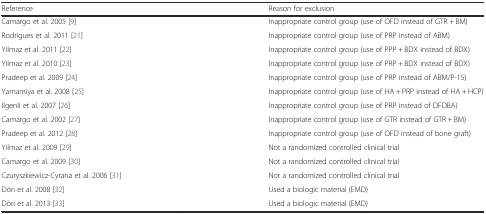
| Reference | Reason for exclusion |
 | --- | --- |
 | Camargo et al. 2005 [9] | Inappropriate control group (use of OFD instead of GTR + BM) |
 | Rodrigues et al. 2011 [21] | Inappropriate control group (use of PRP instead of ABM) |
 | Yilmaz et al. 2011 [22] | Inappropriate control group (use of PPP + BDX instead of BDX) |
 | Yilmaz et al. 2010 [23] | Inappropriate control group (use of PRP + BDX instead of BDX) |
 | Pradeep et al. 2009 [24] | Inappropriate control group (use of PRP instead of ABM/P-15) |
 | Yamamiya et al. 2008 [25] | Inappropriate control group (use of HA + PRP instead of HA + HCP) |
 | Ilgenli et al. 2007 [26] | Inappropriate control group (use of PRP instead of DFDBA) |
 | Camargo et al. 2002 [27] | Inappropriate control group (use of GTR instead of GTR + BM) |
 | Pradeep et al. 2012 [28] | Inappropriate control group (use of OFD instead of bone graft) |
 | Yilmaz et al. 2009 [29] | Not a randomized controlled clinical trial |
 | Camargo et al. 2009 [30] | Not a randomized controlled clinical trial |
 | Czuryszkiewicz-Cyrana et al. 2006 [31] | Not a randomized controlled clinical trial |
 | Döri et al. 2008 [32] | Used a biologic material (EMD) |
 | Döri et al. 2013 [33] | Used a biologic material (EMD) |